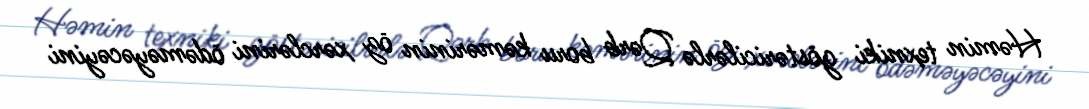
Həmin texniki göstəricilərlə Qərb boru kəmərinin öz xərclərini ödəməyəcəyini